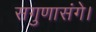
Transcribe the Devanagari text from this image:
सगुणासंगे।